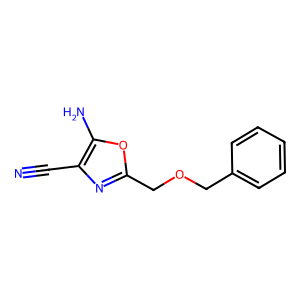
SMILES: N#Cc1nc(COCc2ccccc2)oc1N
Inhibits HIV replication: No